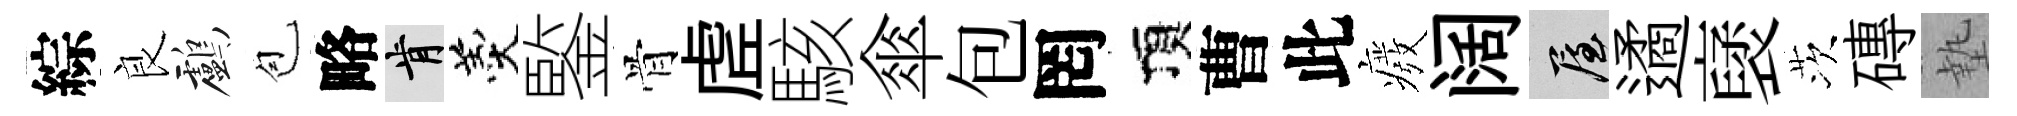
綜良鸕苞略肯羹鍳骨虗駭傘包罔頂曹此癈阔屋遹裦茨磚墊